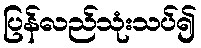
ပြန်လည်သုံးသပ်၍